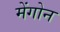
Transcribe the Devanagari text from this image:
मेंगोन